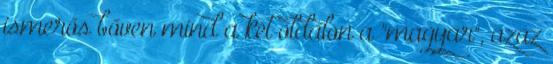
ismerős bőven mind a két oldalon a "magyar", azaz